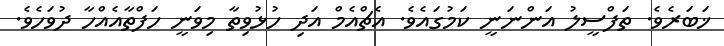
ޚަބަރެވެ. ތަފްސީލު އަންނަނީ ކަމުގައެވެ. އެޗްއެމް އަދި ހުޅުވިތާ މިވަނީ ހަފްތާއެއްހާ ދުވަހެވެ.